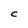
Character: C